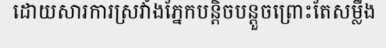
ដោយសារការស្រវាំងភ្នែកបន្តិចបន្តួចព្រោះតែសម្លឹង